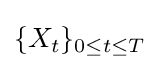
\{X_{t}\}_{0\leq t\leq T}